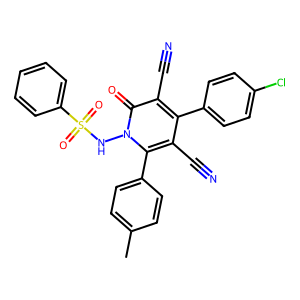
SMILES: Cc1ccc(-c2c(C#N)c(-c3ccc(Cl)cc3)c(C#N)c(=O)n2NS(=O)(=O)c2ccccc2)cc1
Inhibits HIV replication: No